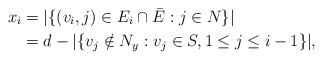
LaTeX: \begin{align*} x_{i}&=|\{(v_{i},j)\in E_{i}\cap\bar{E}:j\in N\}|\\&=d-|\{v_j\notin N_{y}:v_j\in S, 1\leq j\leq i-1\}|, \end{align*}